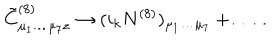
{ \tilde { C } } _ { \mu _ { 1 } \dots \mu _ { 7 } z } ^ { ( 8 ) } \rightarrow ( i _ { k } N ^ { ( 8 ) } ) _ { \mu _ { 1 } \dots \mu _ { 7 } } + \dots \, .